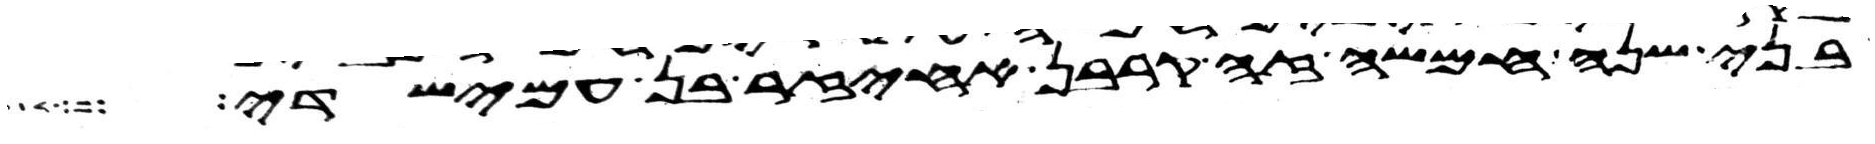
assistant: בני שנה חמשה זה קרבן אחיעזר בן עמישדי